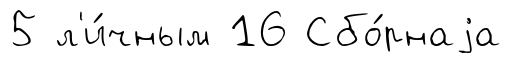
5 л'и́чным 16 Сбо́рнаjа